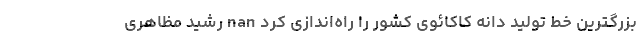
بزرگترین خط تولید دانه کاکائوی کشور را راه‌اندازی کرد nan رشید مظاهری